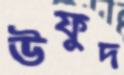
উফুদ